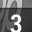
Digit: 3